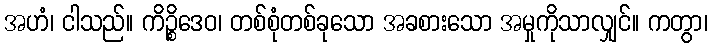
အဟံ၊ ငါသည်။ ကိဉ္စိဒေဝ၊ တစ်စုံတစ်ခုသော အခစားသော အမှုကိုသာလျှင်။ ကတွာ၊